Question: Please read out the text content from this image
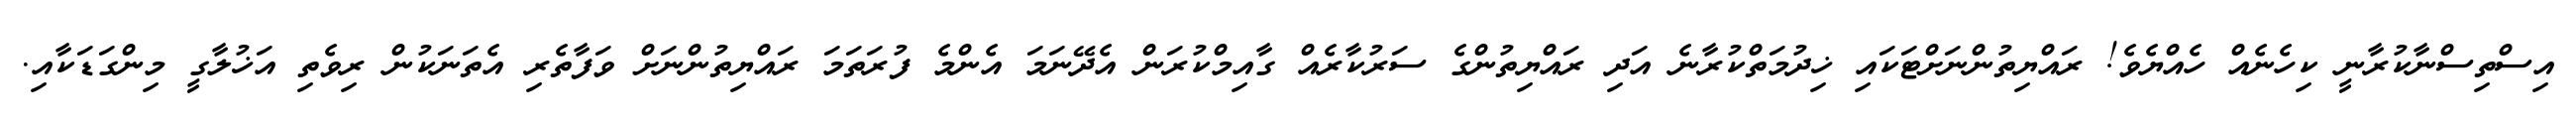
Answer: އިސްތިސްނާކުރާނީ ކިހެނެއް ހެއްޔެވެ! ރައްޔިތުންނަށްޓަކައި ޚިދުމަތްކުރާނެ އަދި ރައްޔިތުންގެ ސަރުކާރެއް ގާއިމްކުރަން އެދޭނަމަ އެންމެ ފުރަތަމަ ރައްޔިތުންނަށް ވަފާތެރި އެތަނަކުން ރިވެތި އަޚުލާގީ މިންގަޑަކާއި.